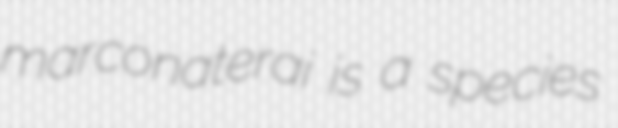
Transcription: marconaterai is a species